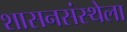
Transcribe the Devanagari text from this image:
शासनसंस्थेला